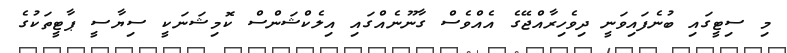
މި ސިޓީގައި ބުނެފައިވަނީ ދިވެހިރާއްޖޭގެ އެއްވެސް ގާނޫނެއްގައި އިލެކްޝަންސް ކޮމިޝަނަކީ ސިޔާސީ ޕާޓީތަކުގެ